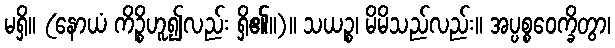
မရှိ။ (နောယံ ကိဉ္စိဟူ၍လည်း ရှိ၏။)။ သယဉ္စ၊ မိမိသည်လည်း။ အပ္ပစ္စဝေက္ခိတွာ၊